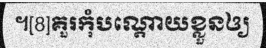
។[8]គួរកុំបណ្តោយខ្លួនឲ្យ